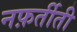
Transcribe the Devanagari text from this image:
नफ़र्तीती